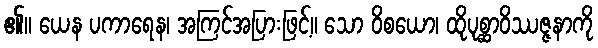
၏။ ယေန ပကာရေန၊ အကြင်အပြားဖြင့်။ သော ဝိစယော၊ ထိုပုစ္ဆာဝိဿဇ္ဇနာကို